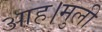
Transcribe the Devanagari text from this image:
आह।मुली